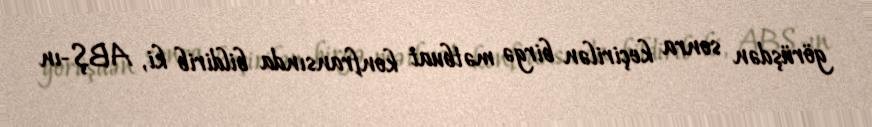
görüşdən sonra keçirilən birgə mətbuat konfransında bildirib ki, ABŞ-ın